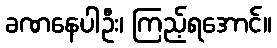
ခဏနေပါဦး၊ ကြည့်ရအောင်။